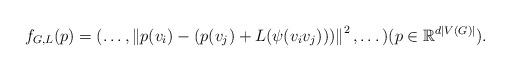
LaTeX: \begin{align*}f_{G,L}(p)=(\dots,\left\|p(v_i)-(p(v_j)+L(\psi(v_iv_j)))\right\|^2,\dots) (p\in \mathbb{R}^{d|V(G)|}).\end{align*}